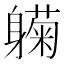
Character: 𬧰